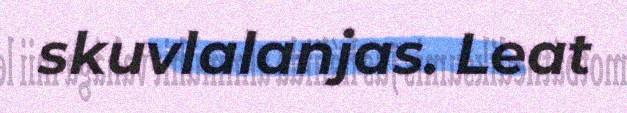
skuvlalanjas. Leat